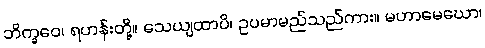
ဘိက္ခဝေ၊ ရဟန်းတို့။ သေယျထာပိ၊ ဥပမာမည်သည်ကား။ မဟာမေဃော၊